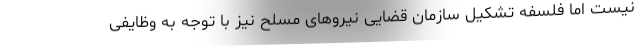
نیست اما فلسفه تشکیل سازمان قضایی نیروهای مسلح نیز با توجه به وظایفی